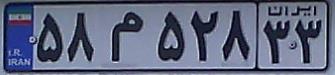
۵۸م۵۲۸۳۳